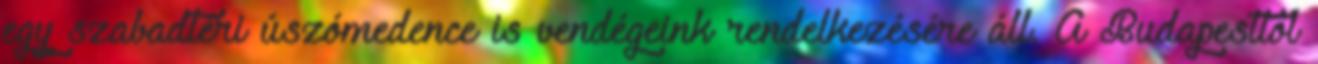
egy szabadtéri úszómedence is vendégeink rendelkezésére áll. A Budapesttől